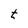
Character: t